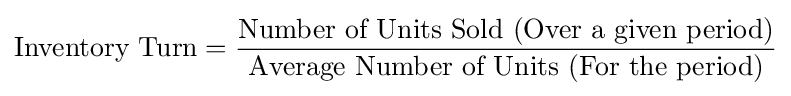
{\text{Inventory  Turn}}={\frac {\text{Number  of  Units  Sold  (Over  a  given  period)}}{\text{Average  Number of  Units  (For  the  period)}}}